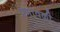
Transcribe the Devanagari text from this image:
प्रभावळी